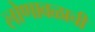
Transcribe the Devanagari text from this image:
लोणावळाची